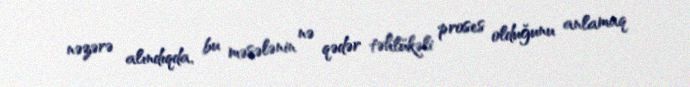
nəzərə alındıqda, bu məsələnin nə qədər təhlükəli proses olduğunu anlamaq